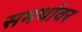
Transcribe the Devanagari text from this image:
समर्थावर